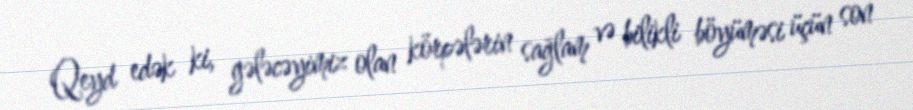
Qeyd edək ki, gələcəyimiz olan körpələrin sağlam və bilikli böyüməsi üçün son